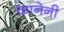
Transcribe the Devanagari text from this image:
कानेनी